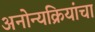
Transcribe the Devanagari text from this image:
अनोन्यक्रियांचा